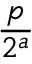
\frac { p } { 2 ^ { a } }